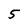
Character: 5